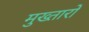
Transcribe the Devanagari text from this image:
मुख्तारों